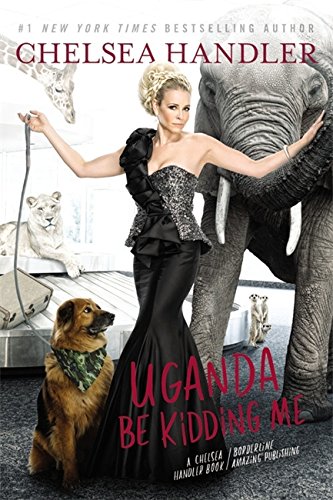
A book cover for Uganda Be Kidding Me; Chelsea Handler; Humor & Entertainment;